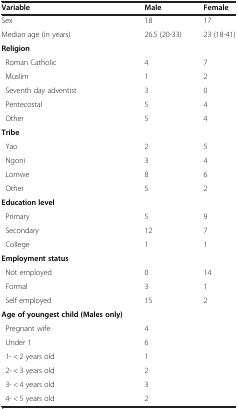
<table><thead><tr><td><b>Variable</b></td><td><b>Male</b></td><td><b>Female</b></td></tr></thead><tbody><tr><td>Sex</td><td>18</td><td>17</td></tr><tr><td>Median age (in years)</td><td>26.5 (20-33)</td><td>23 (18-41)</td></tr><tr><td><b>Religion</b></td><td> </td><td> </td></tr><tr><td>?Roman Catholic</td><td>4</td><td>7</td></tr><tr><td>?Muslim</td><td>1</td><td>2</td></tr><tr><td>?Seventh day adventist</td><td>3</td><td>0</td></tr><tr><td>?Pentecostal</td><td>5</td><td>4</td></tr><tr><td>?Other</td><td>5</td><td>4</td></tr><tr><td><b>Tribe</b></td><td> </td><td> </td></tr><tr><td>?Yao</td><td>2</td><td>5</td></tr><tr><td>?Ngoni</td><td>3</td><td>4</td></tr><tr><td>?Lomwe</td><td>8</td><td>6</td></tr><tr><td>?Other</td><td>5</td><td>2</td></tr><tr><td><b>Education level</b></td><td> </td><td> </td></tr><tr><td>?Primary</td><td>5</td><td>9</td></tr><tr><td>?Secondary</td><td>12</td><td>7</td></tr><tr><td>?College</td><td>1</td><td>1</td></tr><tr><td><b>Employment status</b></td><td> </td><td> </td></tr><tr><td>?Not employed</td><td>0</td><td>14</td></tr><tr><td>?Formal</td><td>3</td><td>1</td></tr><tr><td>?Self employed</td><td>15</td><td>2</td></tr><tr><td><b>Age of youngest child</b><b>(Males only)</b></td><td> </td><td> </td></tr><tr><td>?Pregnant wife</td><td>4</td><td> </td></tr><tr><td>?Under 1</td><td>6</td><td> </td></tr><tr><td>?1-?&lt;?2 years old</td><td>1</td><td> </td></tr><tr><td>?2-?&lt;?3 years old</td><td>2</td><td> </td></tr><tr><td>?3-?&lt;?4 years old</td><td>3</td><td> </td></tr><tr><td>?4-?&lt;?5 years old</td><td>2</td><td> </td></tr></tbody></table>